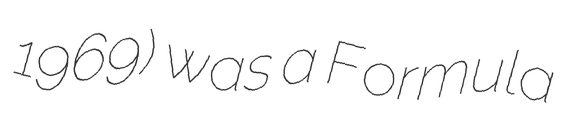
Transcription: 1969) was a Formula